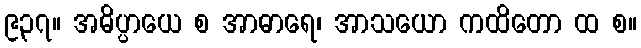
၉၃၇။ အဓိပ္ပာယေ စ အာဓာရေ၊ အာသယော ကထိတော ထ စ။